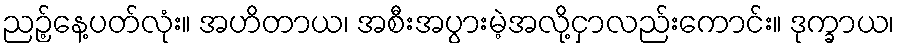
ညဉ့်နေ့ပတ်လုံး။ အဟိတာယ၊ အစီးအပွားမဲ့အလို့ငှာလည်းကောင်း။ ဒုက္ခာယ၊